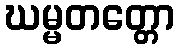
ဃမ္မတတ္တော